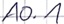
Text: A0.1